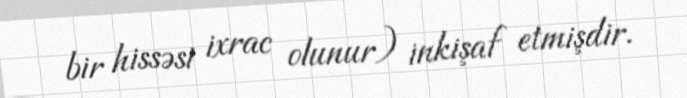
bir hissəsi ixrac olunur) inkişaf etmişdir.